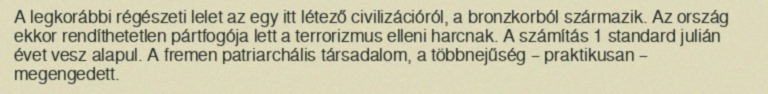
A legkorábbi régészeti lelet az egy itt létező civilizációról, a bronzkorból származik. Az ország ekkor rendíthetetlen pártfogója lett a terrorizmus elleni harcnak. A számítás 1 standard julián évet vesz alapul. A fremen patriarchális társadalom, a többnejűség – praktikusan – megengedett.